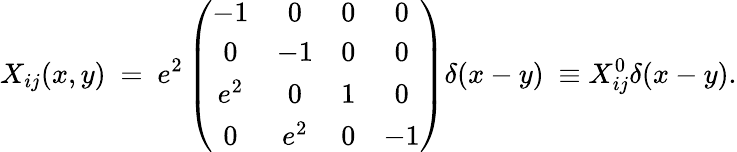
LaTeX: X_{ij}(x,y)~=~e^{2}\left(\begin{array}{cccc}{{-1}}&{{0}}&{{0}}&{{0}}\\ {{0}}&{{-1}}&{{0}}&{{0}}\\ {{e^{2}}}&{{0}}&{{1}}&{{0}}\\ {{0}}&{{e^{2}}}&{{0}}&{{-1}}\end{array}\right)\delta(x-y)~\equiv X_{ij}^{0}\delta(x-y).